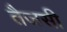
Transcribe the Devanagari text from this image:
तैजसी